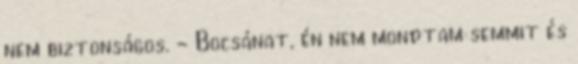
nem biztonságos. - Bocsánat, én nem mondtam semmit és